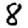
Digit: 8